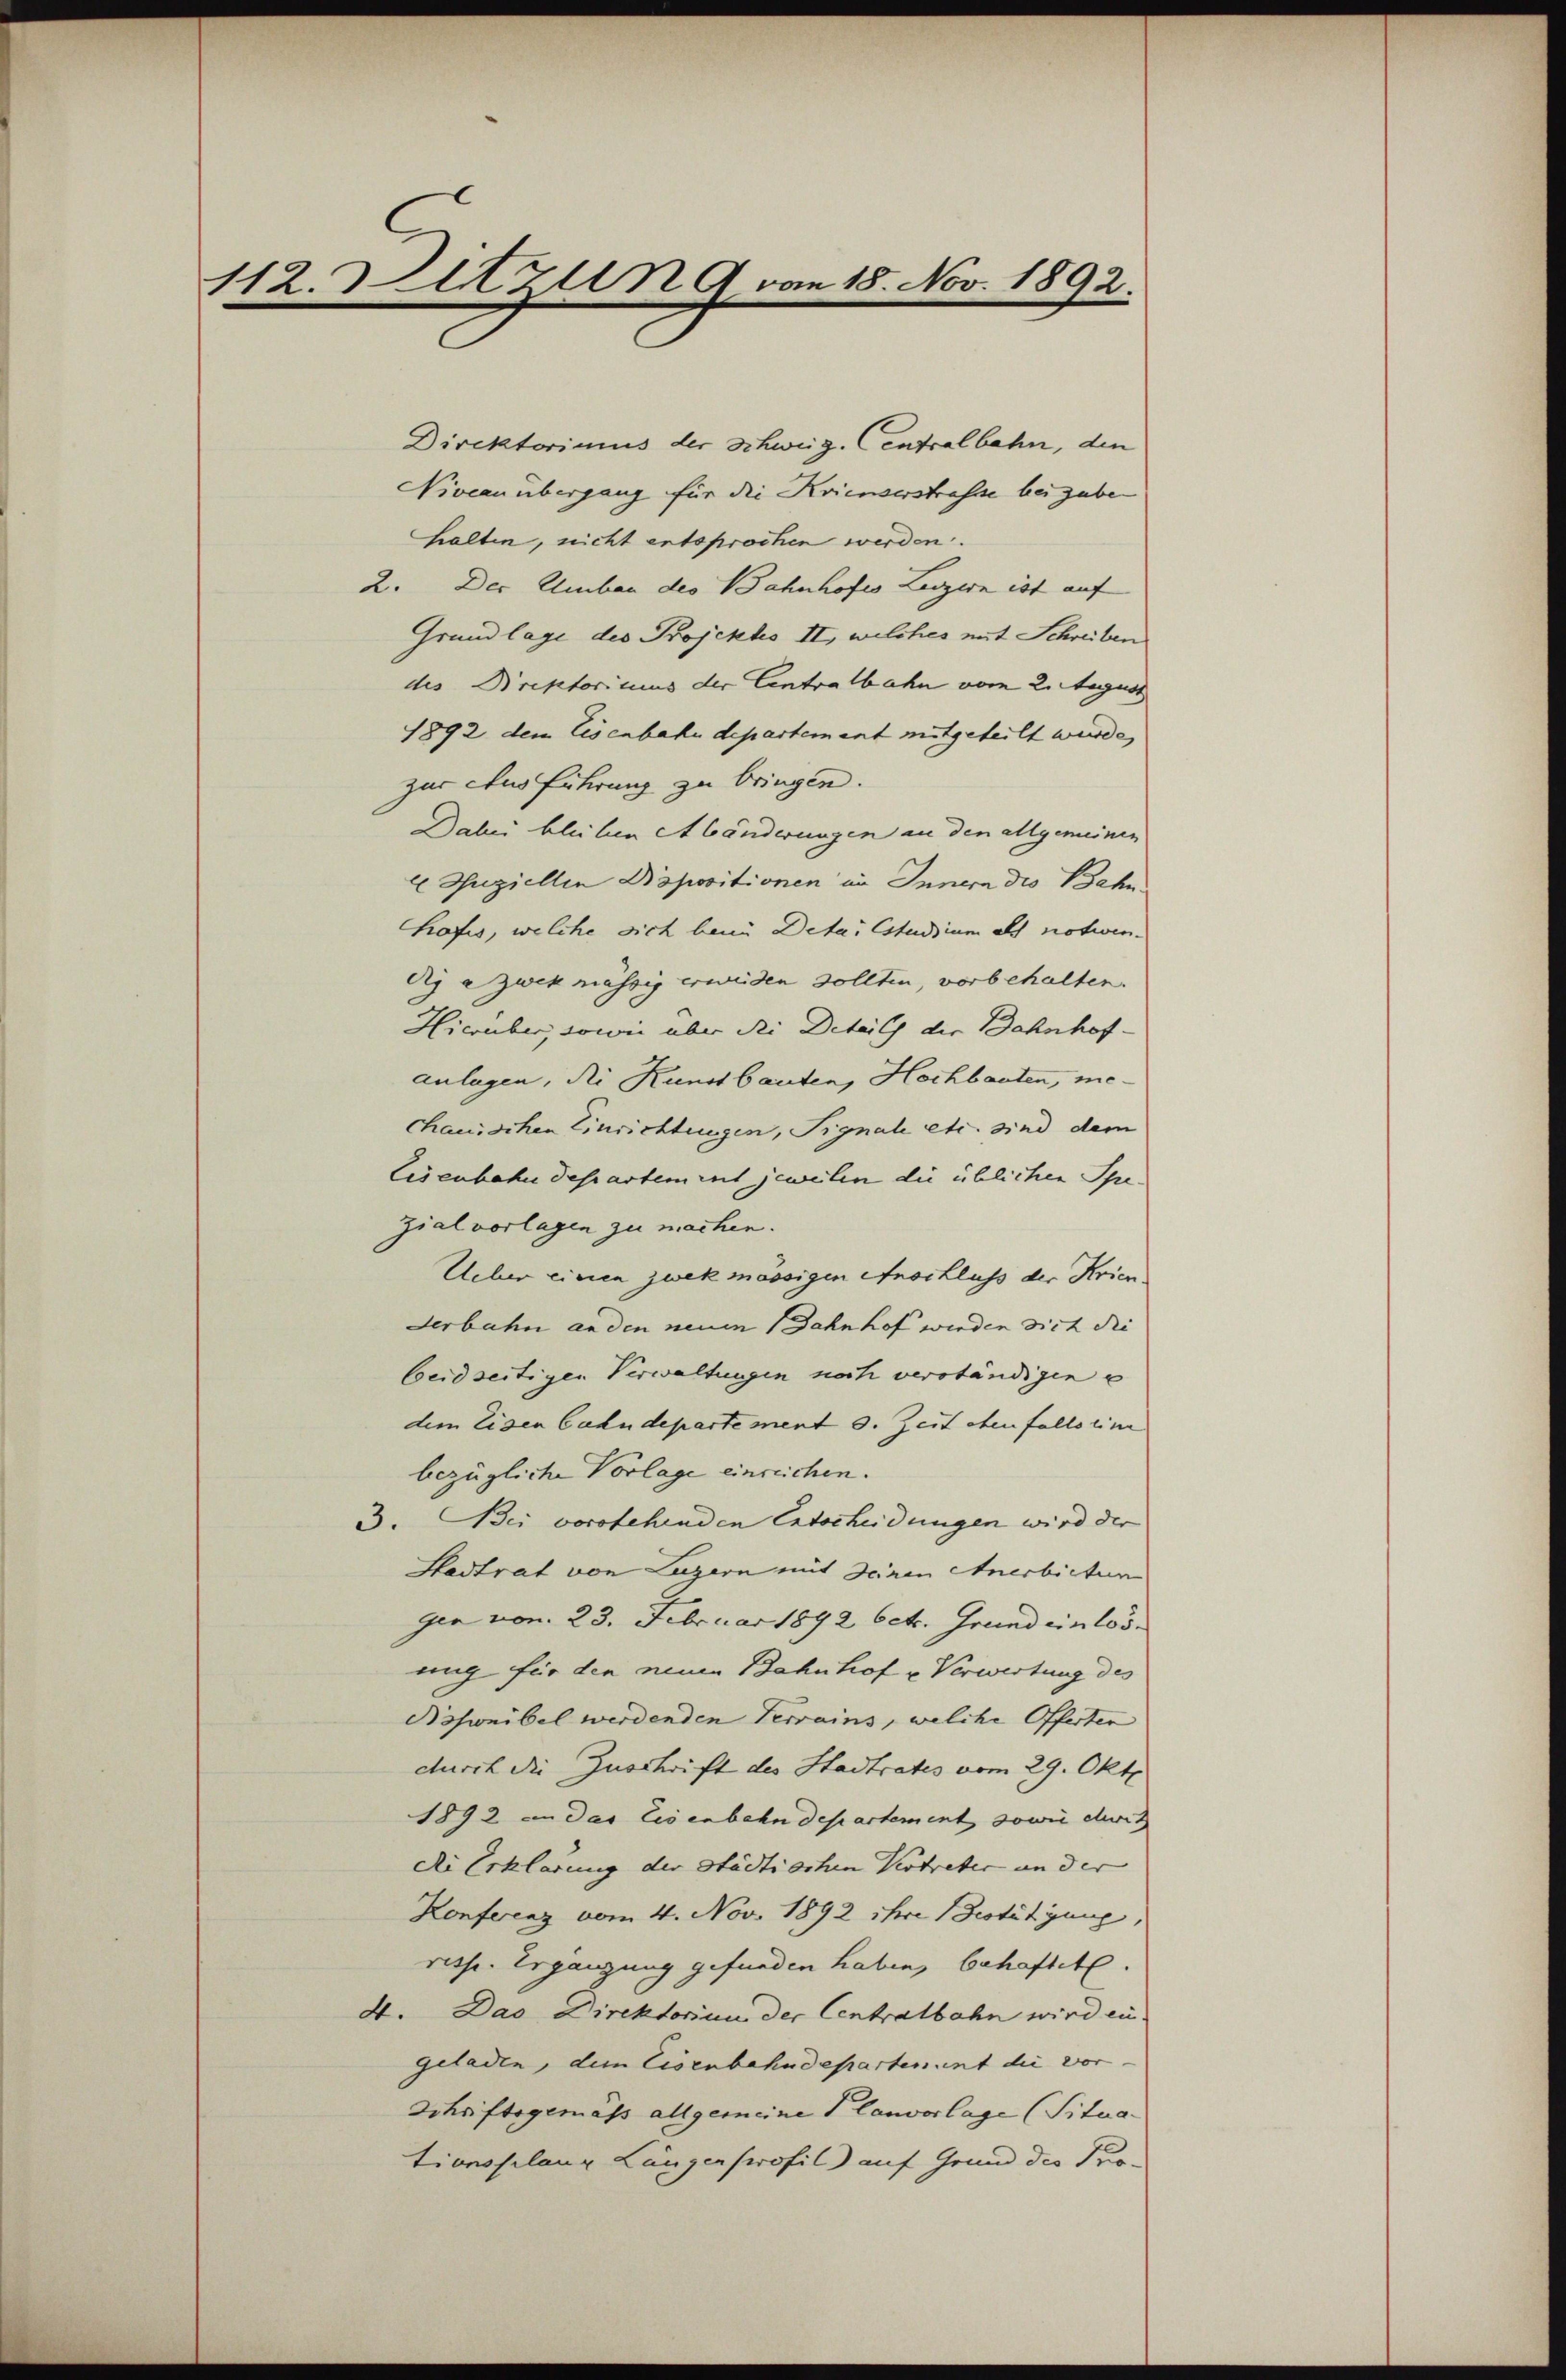
112. Sitzung von 18. Nov. 1892.

Direktorimus der Schweiz. Centralbahn, den
Niveau übergang für die Krienverstrasse bei gabe
halten, nicht entsprochen werden.
2. Der Umbau der Bahnhofes Lezzern ist auf
Grundlage des Projekts II., welches mit Schreiben
des Direktoricus der Centralbahn vom 2. August
1892 dem Eisenbahndepartement mitgeteilt würde,
zur Ausführung zu bringen.
Dabei bleiben Abänderungen an den allgemeinen
E Zuziellen Dispositionen in Innern die Bahn
hafis, welche sich beim Deta, Estudium als notwendij azwekmässig erweiden sollten, vorbehalten.
Hierüber, sowie aber die Details der Bahnhof-
anlagen, die Kunstbauten, Hochbauten, mechanischen Einrichtungen, Pignale etc. sind dem
Eisenbahn des artement jeweilen die üblichen Spezial vorlagen zu machen.
Ueber einen zwekmässigen Anschluss der Krien
derbahn anden neuen Jahnhof werden dich die
beidseitigen Verwaltungen noch verständigen u
dem Eisen Cahndepartement d. Zeit ebenfalls eine
bezügliche Vorlage einreichen.
3. Bei vorstehenden Entscheidungen wird der
Stadtrat von Luzern mit seinen Anerbictum
gen von 23. Februar 1892 betr. Grund einlosnug für den neuen Bahnhof u. Verwertung des
Bissionibel werdenden Terrains, welche Offerten
durch die Zuschrift des Stadtrates vom 29. Okt
1892 in das Eisenbahndepartement, sowie drit
die Erklärung der Städtischen Vertreter an der
Konferenz vom 4. Nov. 1892 ihre Bestätigung,
risse. Ergänzung gefunden haben, behaftet.
4. Das Direktorium der Centralbahn wird en
geladen, dem Eisenbahndepartenant die vor-
Schriftsgemäss allgemeine Planvorlage (Situa
tionsplanz Längerprofil auf Grund des Pro¬